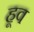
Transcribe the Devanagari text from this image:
हूव